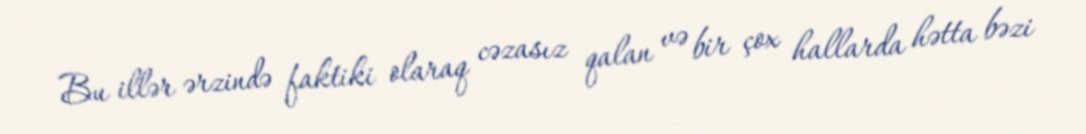
Bu illər ərzində faktiki olaraq cəzasız qalan və bir çox hallarda hətta bəzi